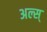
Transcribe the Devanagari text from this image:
अल्स्